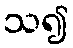
သ၍